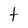
Character: t